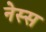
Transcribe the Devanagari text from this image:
नेस्स